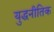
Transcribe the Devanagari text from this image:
युद्धनीतिक